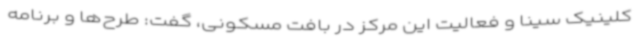
کلینیک سینا و فعالیت این مرکز در بافت مسکونی، گفت: طرح‌ها و برنامه